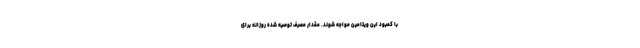
با کمبود این ویتامین مواجه شوند. مقدار مصرف توصیه شده روزانه برای